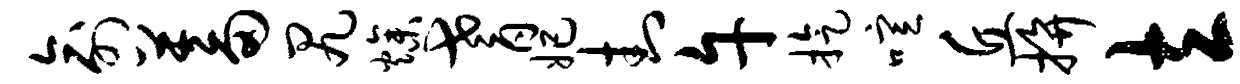
俞蓄尻燥耆妃封午旋喧丘拚立